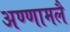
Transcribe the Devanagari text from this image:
अण्णामलै